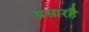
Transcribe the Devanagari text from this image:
प्रसारहै